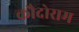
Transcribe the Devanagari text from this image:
कौदोराम